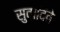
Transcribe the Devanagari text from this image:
सुवादिवे